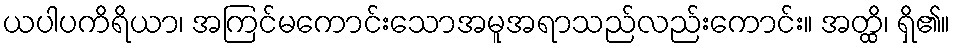
ယပါပကိရိယာ၊ အကြင်မကောင်းသောအမူအရာသည်လည်းကောင်း။ အတ္ထိ၊ ရှိ၏။